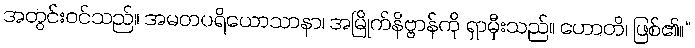
အတွင်းဝင်သည်။ အမတပရိယောသာနာ၊ အမြိုက်နိဗ္ဗာန်ကို ရှာမှီးသည်။ ဟောတိ၊ ဖြစ်၏။”